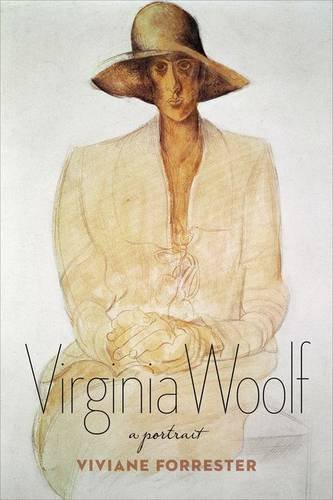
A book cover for Virginia Woolf: A Portrait; Viviane Forrester; Literature & Fiction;